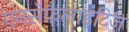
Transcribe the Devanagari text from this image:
एनसेफ़ैलाइटिज़